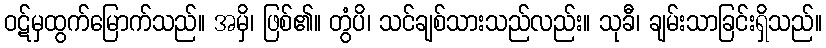
ဝဋ်မှထွက်မြောက်သည်။ အမှိ၊ ဖြစ်၏။ တွံပိ၊ သင်ချစ်သားသည်လည်း။ သုခီ၊ ချမ်းသာခြင်းရှိသည်။